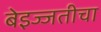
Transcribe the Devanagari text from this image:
बेइज्जतीचा